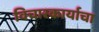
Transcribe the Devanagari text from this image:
विचारकार्याचा